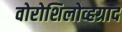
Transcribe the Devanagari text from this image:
वोरोशिलोव्हग्राद